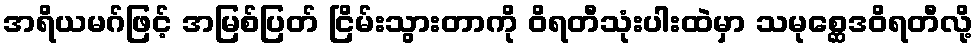
အရိယမဂ်ဖြင့် အမြစ်ပြတ် ငြိမ်းသွားတာကို ဝိရတီသုံးပါးထဲမှာ သမုစ္ဆေဒဝိရတီလို့